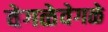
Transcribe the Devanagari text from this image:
वेगळेवेगळे